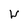
Character: w